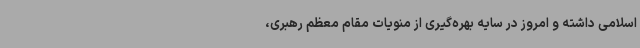
اسلامی داشته و امروز در سایه بهره‌گیری از منویات مقام معظم رهبری،